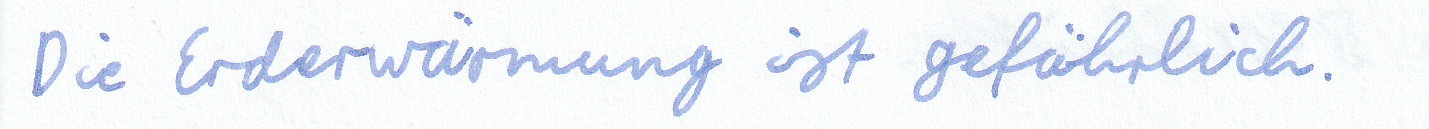
Die Erderwärmung ist gefährlich.